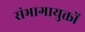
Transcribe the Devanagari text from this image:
संभागायुक्तों